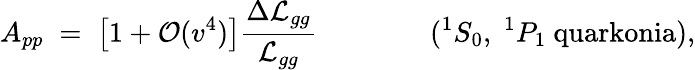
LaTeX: A_{pp}\; =\; \left[1+{\cal O}(v^{4})\right]{\frac{\Delta{\cal L}_{gg}}{{\cal L}_{gg}}}\qquad\qquad({}^{1}S_{0},\; {}^{1}P_{1}\mathrm{\ quarkonia}),